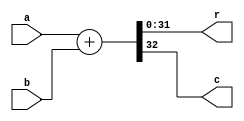
module adder (
    a,
    b,
    r,
    c
);
    input [31:0] a;
    input [31:0] b;
    output [31:0] r;
    output c;

    wire [32:0] tmp;

    assign tmp = {1'b0, a} + {1'b0, b};
    assign r = tmp[31:0];
    assign c = tmp[32];
endmodule